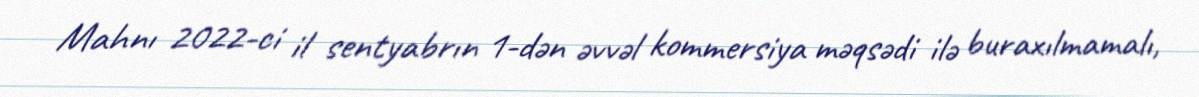
Mahnı 2022-ci il sentyabrın 1-dən əvvəl kommersiya məqsədi ilə buraxılmamalı,